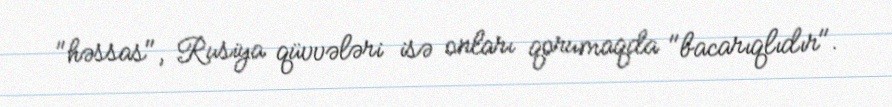
"həssas", Rusiya qüvvələri isə onları qorumaqda "bacarıqlıdır".